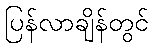
ပြန်လာချိန်တွင်